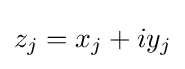
z_{j}=x_{j}+iy_{j}